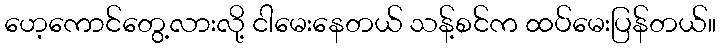
ဟေ့ကောင်တွေ့လားလို့ ငါမေးနေတယ် သန့်စင်က ထပ်မေးပြန်တယ်။